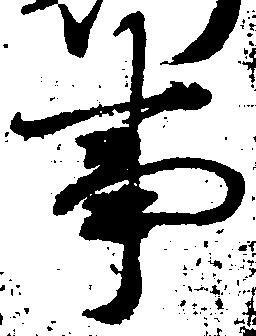
事